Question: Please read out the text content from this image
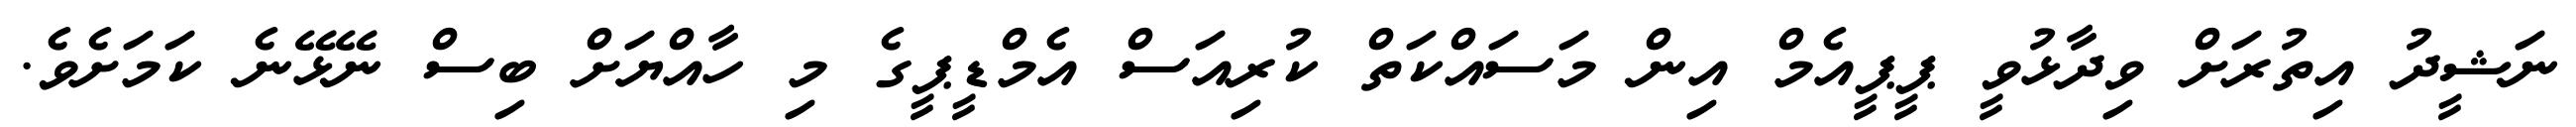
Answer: ނަޝީދު އިތުރަށް ވިދާޅުވީ ޕީޕީއެމް އިން މަސައްކަތް ކުރިއަސް އެމްޑީޕީގެ މި ހާއްޔަށް ބިސް ނޭޅޭނެ ކަމަށެވެ.